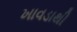
ખાવડાથી